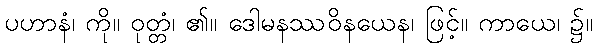
ပဟာနံ၊ ကို။ ဝုတ္တံ၊ ၏။ ဒေါမနဿဝိနယေန၊ ဖြင့်။ ကာယေ၊ ၌။